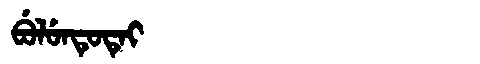
Manchu: ᠪᡠᠯᡠᠨᡨᡠᡨᡝᡳ
Romanization: BULUNTUTEI